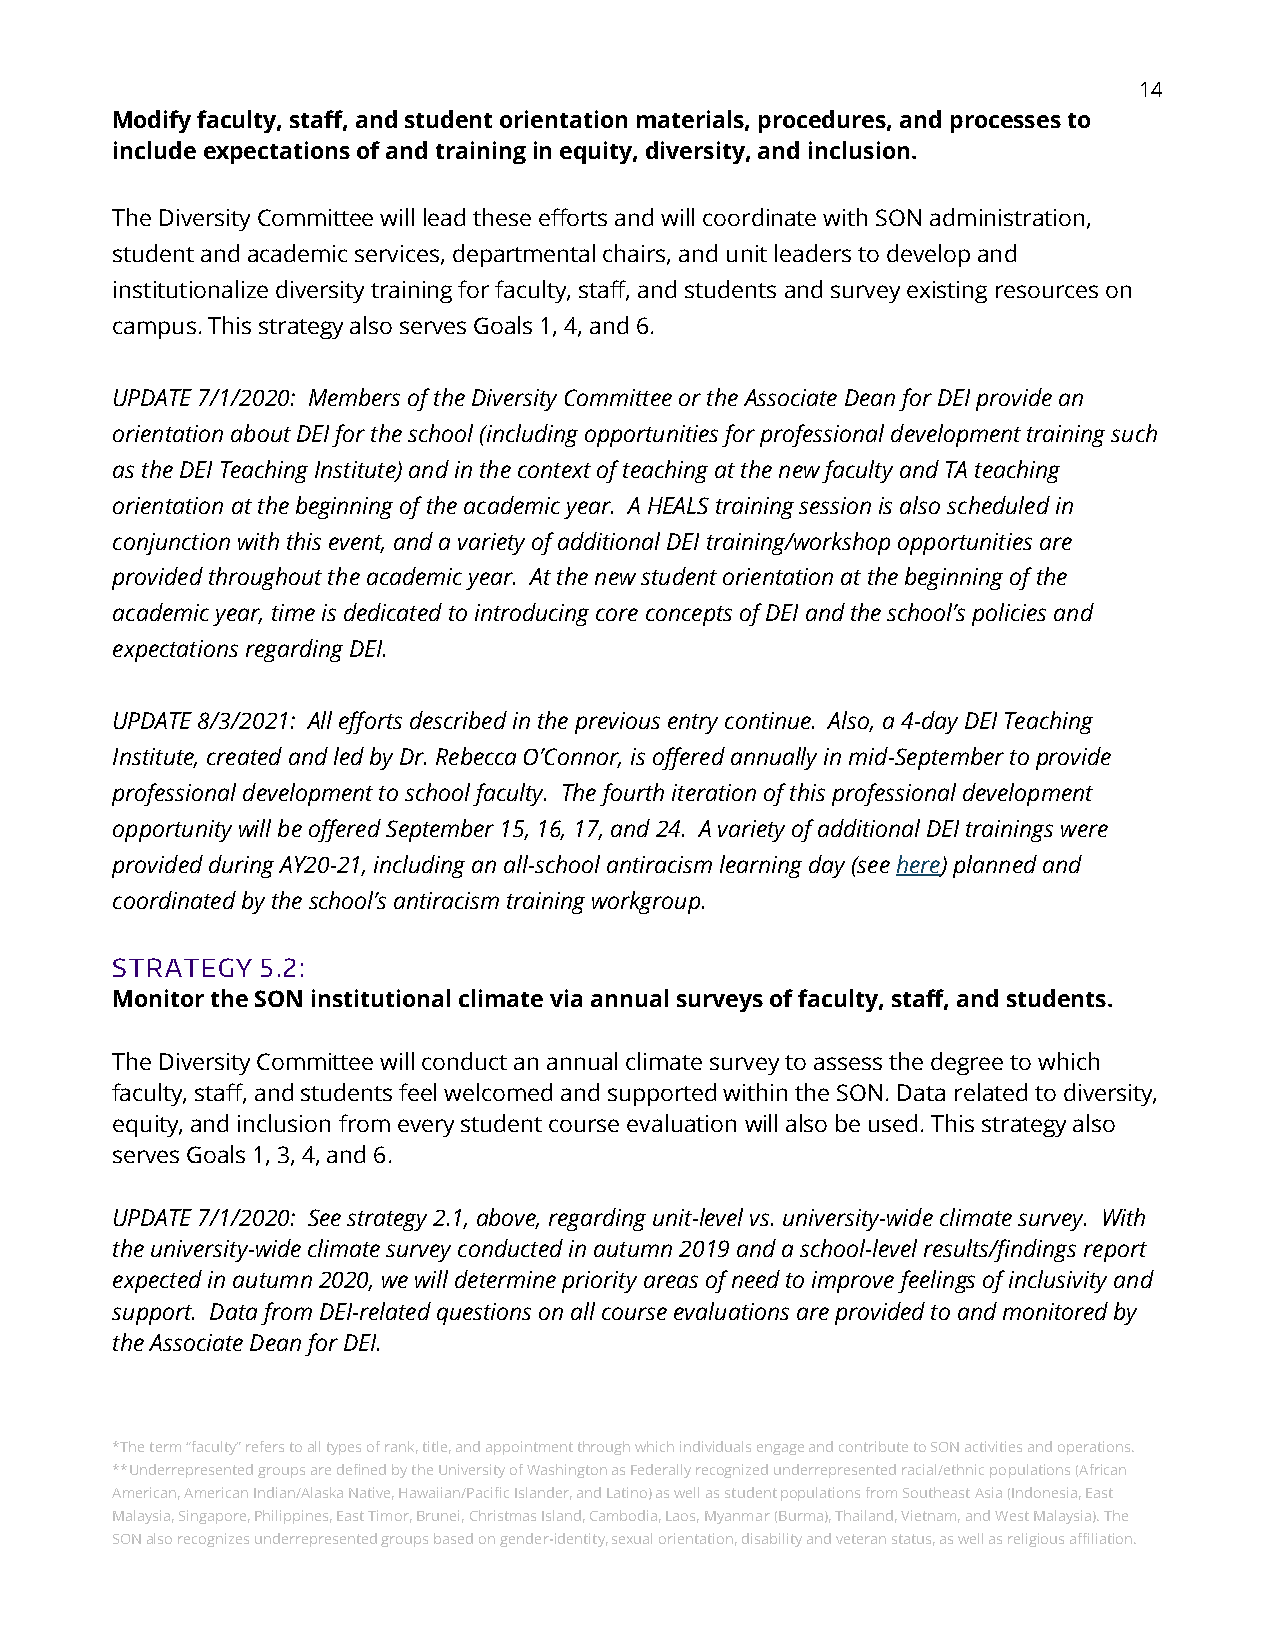
14
 Modify faculty, staff, and student orientation materials, procedures, and processes to
 include expectations of and training in equity, diversity, and inclusion.
 The Diversity Committee will lead these efforts and will coordinate with SON administration,
 student and academic services, departmental chairs, and unit leaders to develop and
 institutionalize diversity training for faculty, staff, and students and survey existing resources on
 campus. This strategy also serves Goals 1, 4, and 6.
 UPDATE 7/1/2020: Members of the Diversity Committee or the Associate Dean for DEI provide an
 orientation about DEI for the school (including opportunities for professional development training such
 as the DEI Teaching Institute) and in the context of teaching at the new faculty and TA teaching
 orientation at the beginning of the academic year. A HEALS training session is also scheduled in
 conjunction with this event, and a variety of additional DEI training/workshop opportunities are
 provided throughout the academic year. At the new student orientation at the beginning of the
 academic year, time is dedicated to introducing core concepts of DEI and the school’s policies and
 expectations regarding DEI.
 UPDATE 8/3/2021: All efforts described in the previous entry continue. Also, a 4-day DEI Teaching
 Institute, created and led by Dr. Rebecca O’Connor, is offered annually in mid-September to provide
 professional development to school faculty. The fourth iteration of this professional development
 opportunity will be offered September 15, 16, 17, and 24. A variety of additional DEI trainings were
 provided during AY20-21, including an all-school antiracism learning day (see here) planned and
 coordinated by the school’s antiracism training workgroup.
 STRATEGY  5.2:
 Monitor the SON institutional climate via annual surveys of faculty, staff, and students.
 The Diversity Committee will conduct an annual climate survey to assess the degree to which
 faculty, staff, and students feel welcomed and supported within the SON. Data related to diversity,
 equity, and inclusion from every student course evaluation will also be used. This strategy also
 serves Goals 1, 3, 4, and 6.
 UPDATE 7/1/2020: See strategy 2.1, above, regarding unit-level vs. university-wide climate survey. With
 the university-wide climate survey conducted in autumn 2019 and a school-level results/findings report
 expected in autumn 2020, we will determine priority areas of need to improve feelings of inclusivity and
 support. Data from DEI-related questions on all course evaluations are provided to and monitored by
 the Associate Dean for DEI.
 *The term “faculty” refers to all types of rank, title, and appointment through which individuals engage and contribute to SON activities and operations.
 **Underrepresented groups are defined by the University of Washington as Federally recognized underrepresented racial/ethnic populations (African
 American, American Indian/Alaska Native, Hawaiian/Pacific Islander, and Latino) as well as student populations from Southeast Asia (Indonesia, East
 Malaysia, Singapore, Philippines, East Timor, Brunei, Christmas Island, Cambodia, Laos, Myanmar (Burma), Thailand, Vietnam, and West Malaysia). The
 SON also recognizes underrepresented groups based on gender-identity, sexual orientation, disability and veteran status, as well as religious affiliation.